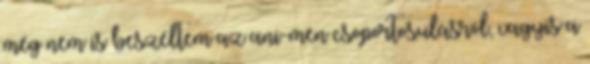
még nem is beszéltem az ani-men csoportosulásról, vagyis a